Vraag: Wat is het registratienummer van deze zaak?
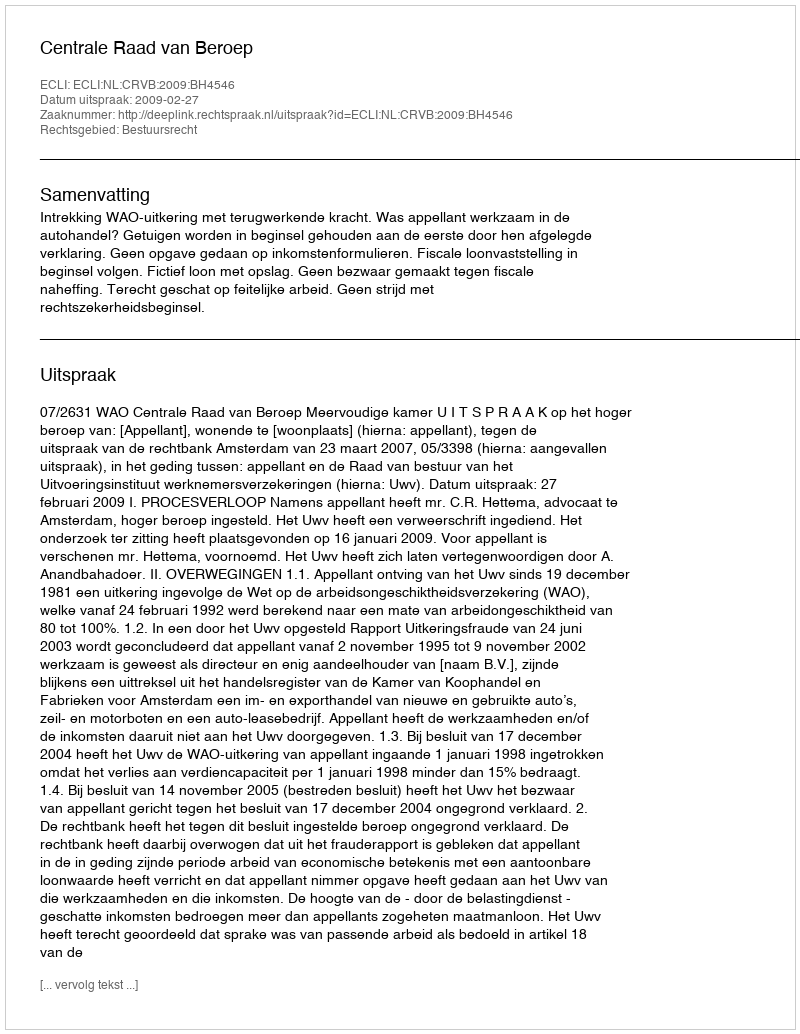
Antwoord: http://deeplink.rechtspraak.nl/uitspraak?id=ECLI:NL:CRVB:2009:BH4546